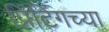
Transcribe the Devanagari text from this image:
प्रिंटिंगच्या